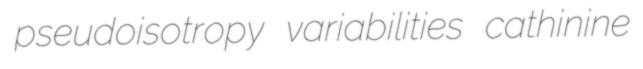
pseudoisotropy variabilities cathinine